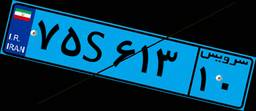
۱۵S۰۷۹۰۲